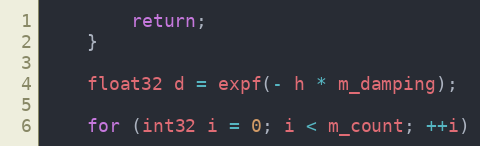
Language: C++
		return;
	}

	float32 d = expf(- h * m_damping);

	for (int32 i = 0; i < m_count; ++i)